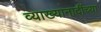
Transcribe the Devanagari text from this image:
व्याख्यानादींच्या